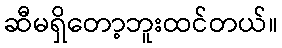
ဆီမရှိတော့ဘူးထင်တယ်။